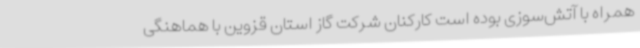
همراه با آتش‌سوزی بوده است کارکنان شرکت گاز استان قزوین با هماهنگی